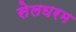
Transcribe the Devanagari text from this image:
सेलघरम